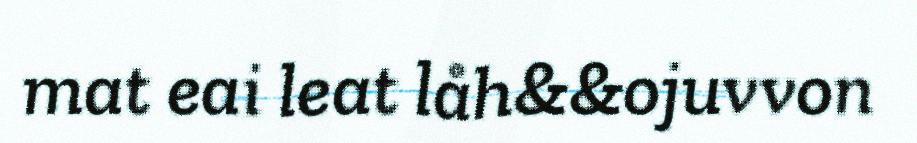
mat eai leat låh&&ojuvvon